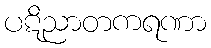
ပဋိညာတကရဏာ